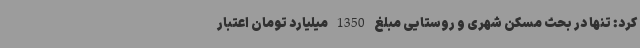
کرد: تنها در بحث مسکن شهری و روستایی مبلغ 1350 میلیارد تومان اعتبار